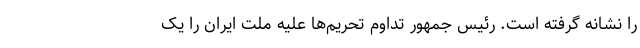
را نشانه گرفته است. رئیس جمهور تداوم تحریم‌ها علیه ملت ایران را یک